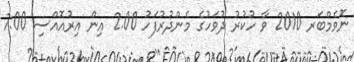
ނޮވެމްބަރ 2010 ވާ ހުކުރު ދުވަހުގެ މެންދުރުފަހު 2.00 އިން އިރުއޮއްސި 7:00